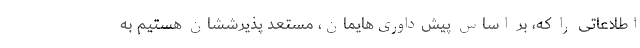
اطلاعاتی را که، بر اساس پیش‌داوری‌هایمان، مستعد پذیرششان هستیم به